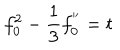
f _ { 0 } ^ { 2 } - \frac { 1 } { 3 } f _ { 0 } ^ { ' ^ { \prime } } = t